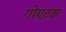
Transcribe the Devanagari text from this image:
गोएटझ